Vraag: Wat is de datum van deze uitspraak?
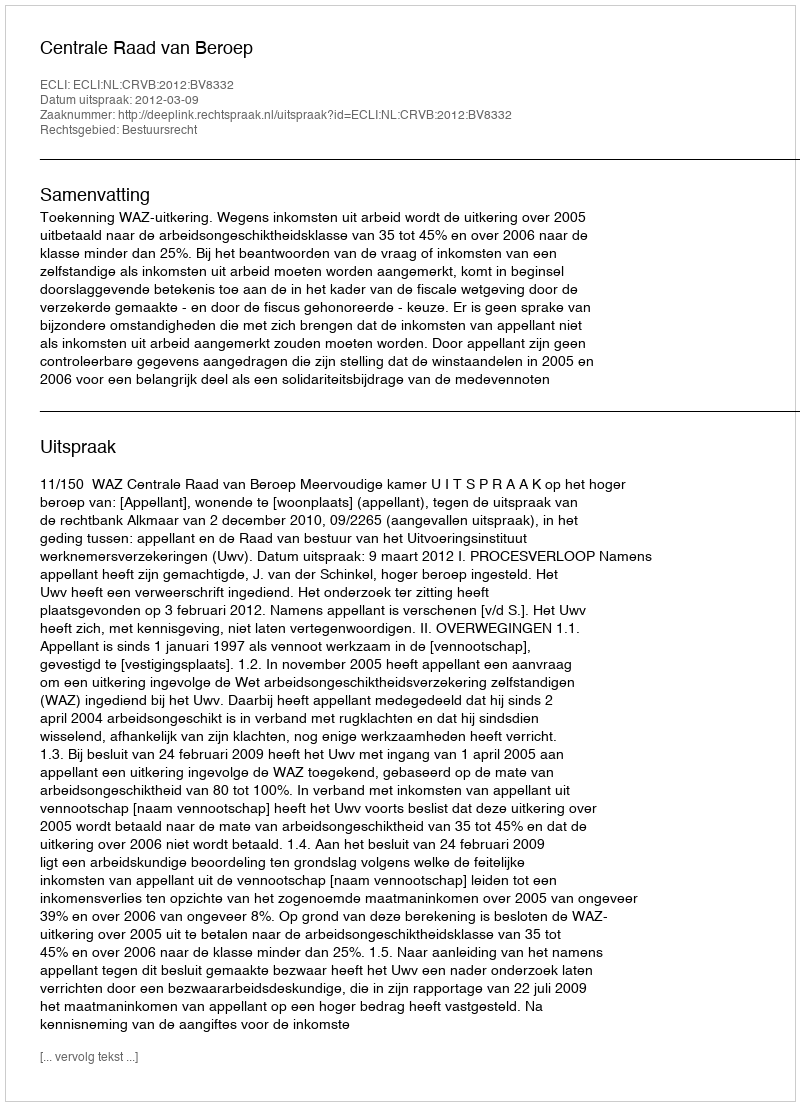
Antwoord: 2012-03-09